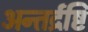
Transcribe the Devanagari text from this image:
अन्तर्द्रष्टि